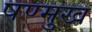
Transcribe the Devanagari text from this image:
षण्मुख